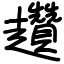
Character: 趲